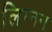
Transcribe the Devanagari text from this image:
लिग्नन